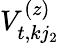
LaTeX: V_{t,kj_{2}}^{(z)}